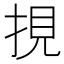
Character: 挸